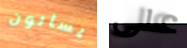
يسألون على